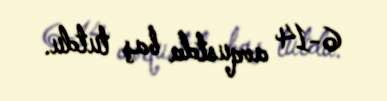
6-14 avqustda baş tutdu.